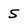
Character: 5